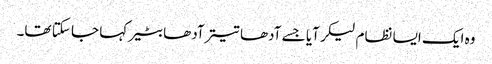
وہ ایک ایسا نظام لیکر آیا جسے آدھا تیتر آدھا بٹیر کہا جا سکتا تھا۔